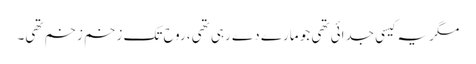
مگر یہ کیسی جدائی تھی جو مارے دے رہی تھی، روح تک زخم زخم تھی۔